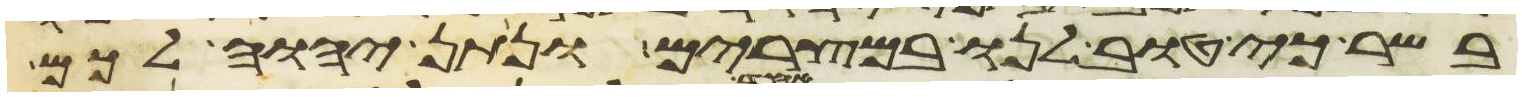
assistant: בשר כי טוב לנו במצרים ונתן יהוה לכם